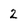
Character: 2